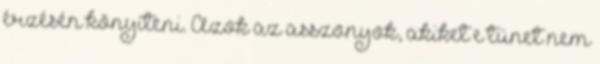
érzésén könyíteni. Azok az asszonyok, akiket e tünet nem